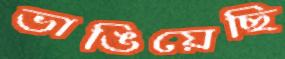
ভাঙিয়েছি